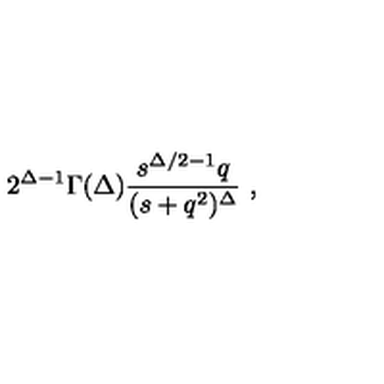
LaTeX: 2 ^ { \Delta - 1 } \Gamma ( \Delta ) \frac { s ^ { \Delta / 2 - 1 } q } { ( s + q ^ { 2 } ) ^ { \Delta } } \ ,